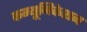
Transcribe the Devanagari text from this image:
कम्‍यूनिकेशन